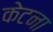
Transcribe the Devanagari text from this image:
केटना